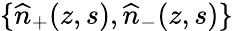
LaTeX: \{ \widehat{n}_{+}(z,s),\widehat{n}_{-}(z,s)\}